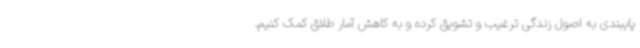
پایبندی به اصول زندگی ترغیب و تشویق کرده و به کاهش آمار طلاق کمک کنیم.